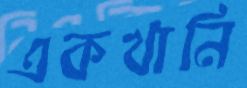
একখানি